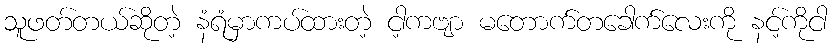
သူဖတ်တယ်ဆိုတဲ့ နံရံမှာကပ်ထားတဲ့ ငါ့ကဗျာ မတောက်တခေါက်လေးကို နင့်ကိုငါ